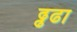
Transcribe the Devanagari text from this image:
ढ्ढढा